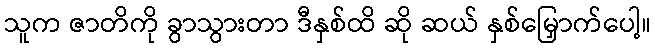
သူက ဇာတိကို ခွာသွားတာ ဒီနှစ်ထိ ဆို ဆယ် နှစ်မြှောက်ပေါ့။